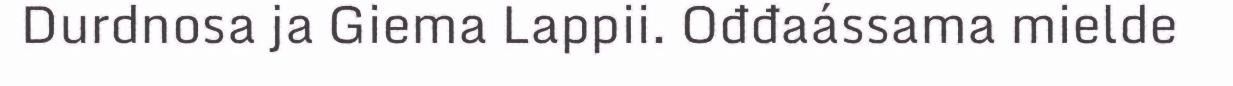
Durdnosa ja Giema Lappii. Ođđaássama mielde